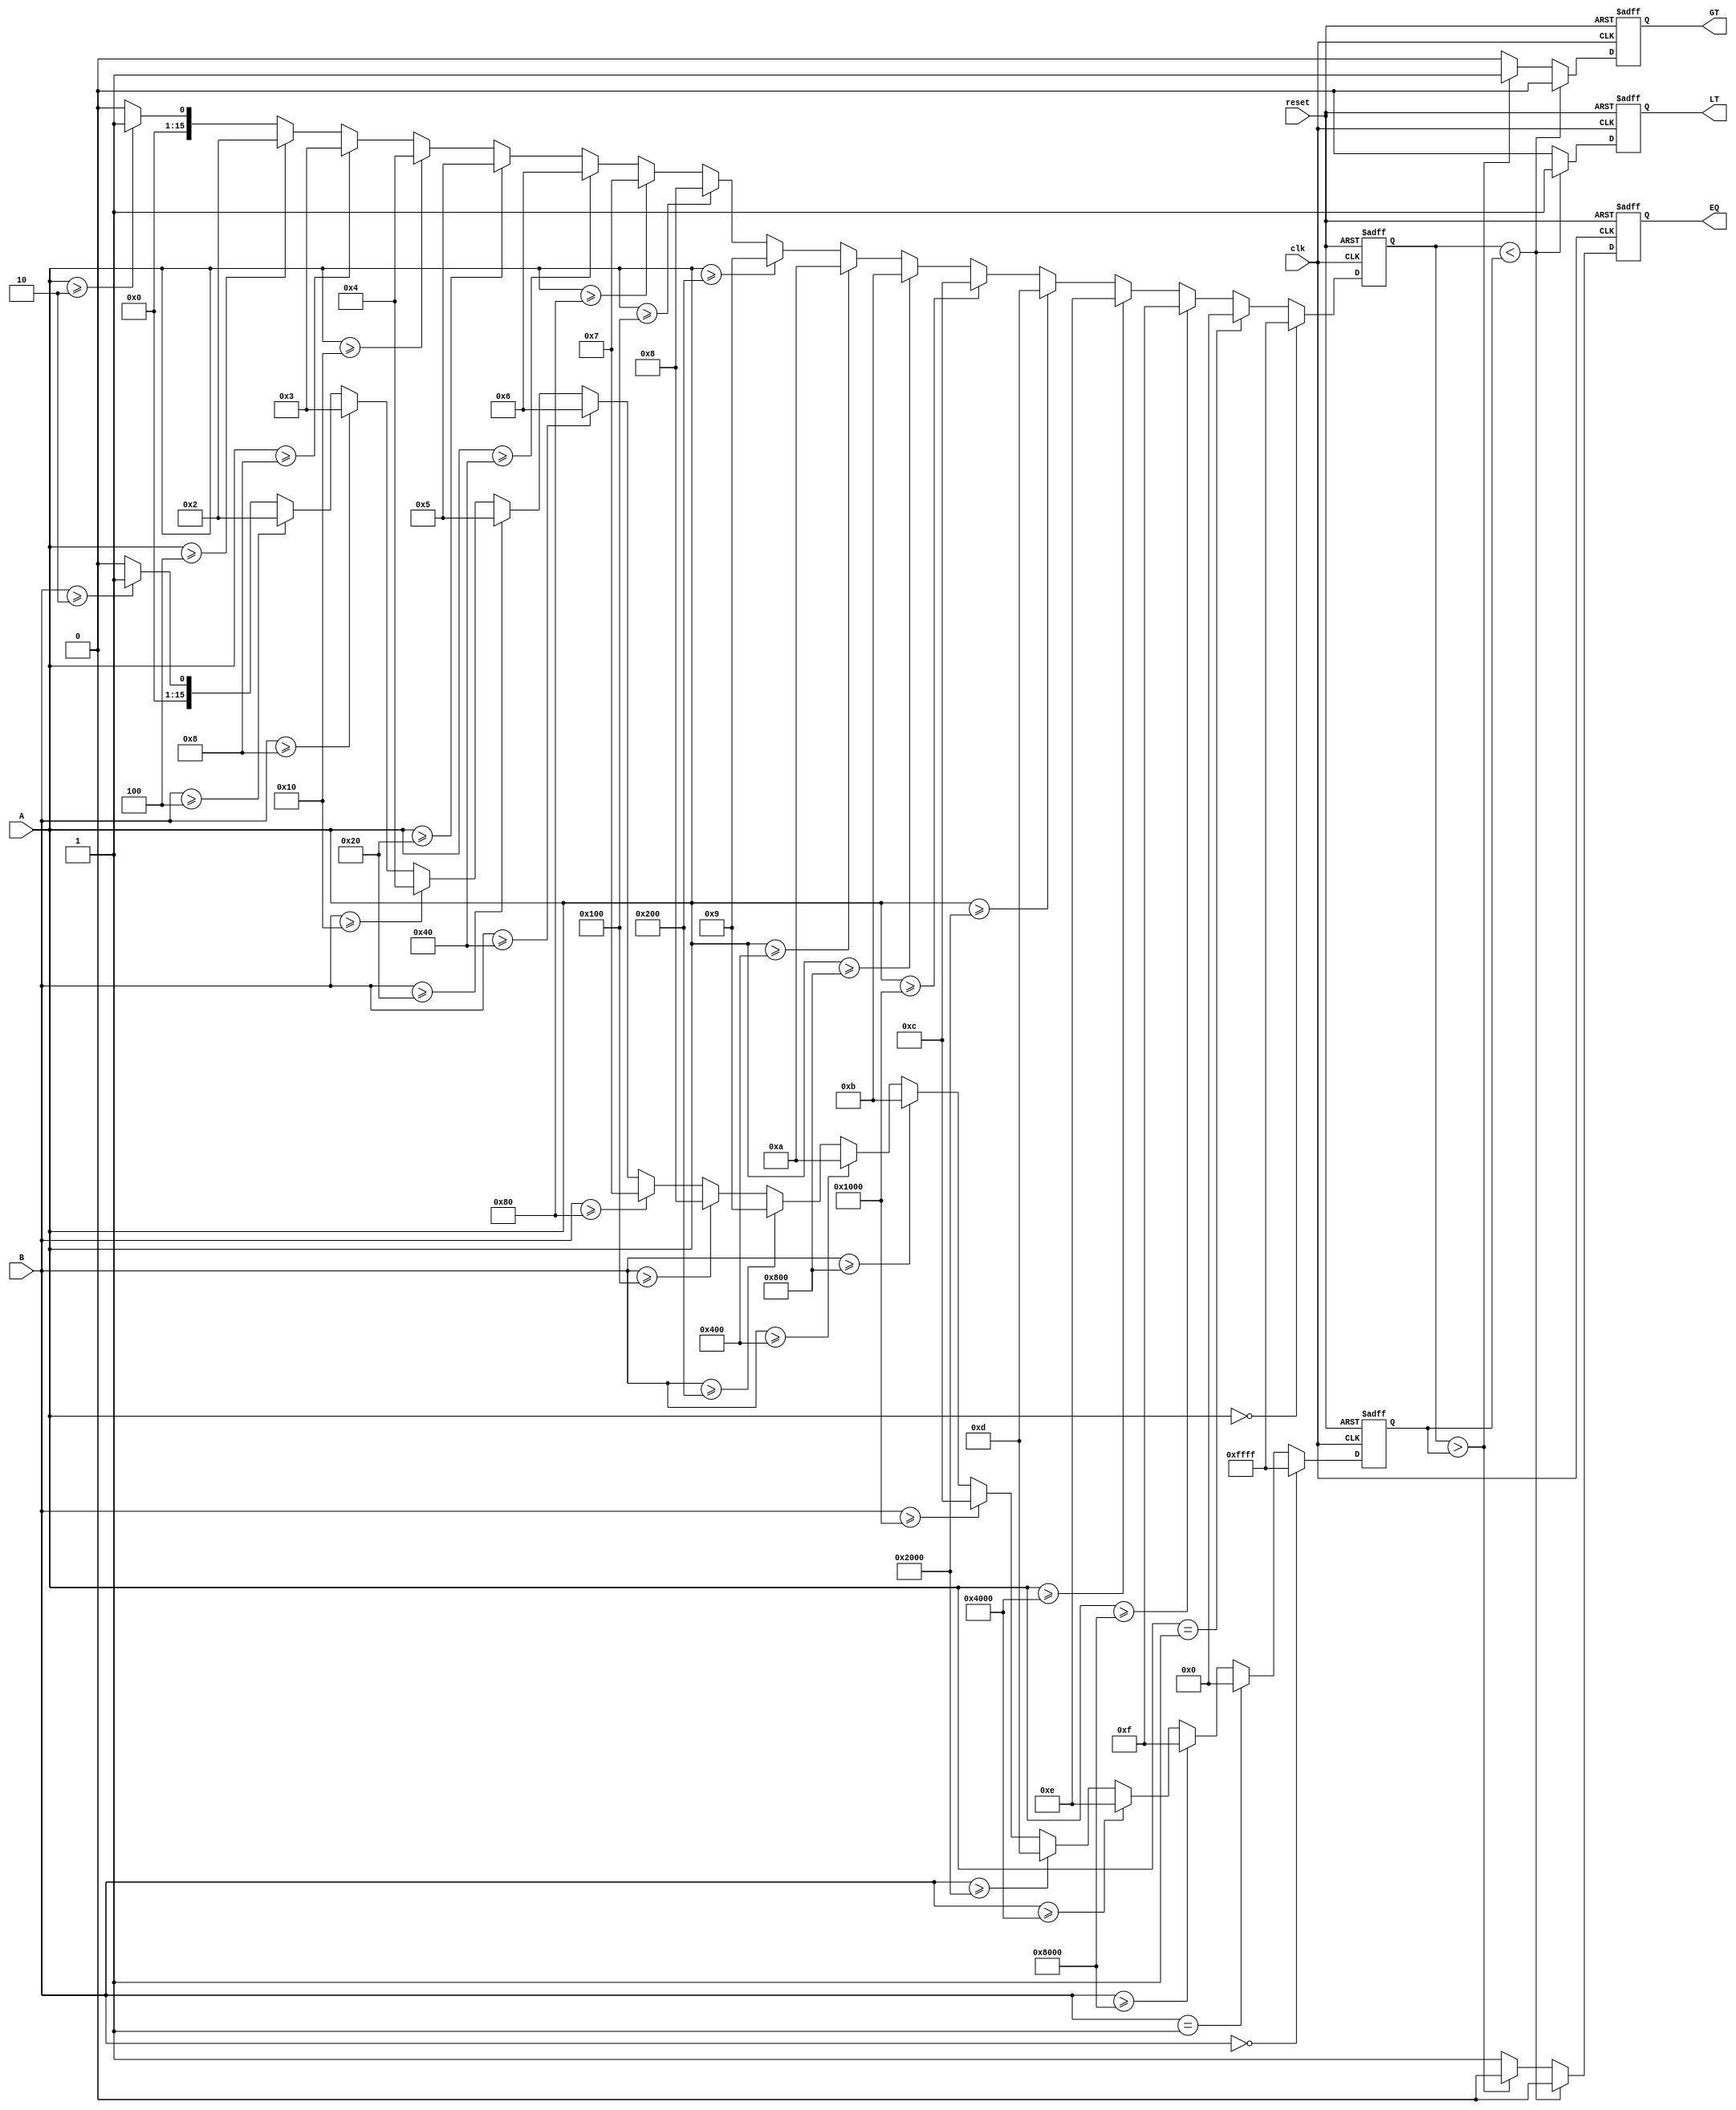
module LogarithmicComparator (
    input wire clk,
    input wire reset,
    input wire [15:0] A, // 16-bit input A
    input wire [15:0] B, // 16-bit input B
    output reg LT,       // Less Than
    output reg EQ,       // Equal
    output reg GT        // Greater Than
);

// Logarithm approximation function
function [15:0] log2;
    input [15:0] value;
    integer i;
    begin
        if (value == 0) begin
            log2 = 16'hFFFF; // Handle log(0) case; can be adjusted
        end else if (value == 1) begin
            log2 = 0; // log2(1) = 0
        end else begin
            log2 = 0;
            for (i = 0; i < 16; i = i + 1) begin
                if (value >= (1 << i)) begin
                    log2 = i;
                end
            end
        end
    end
endfunction

// Internal registers to hold logarithmic values
reg [15:0] logA;
reg [15:0] logB;

// Sequential logic to compute logarithms and compare
always @(posedge clk or posedge reset) begin
    if (reset) begin
        LT <= 0;
        EQ <= 0;
        GT <= 0;
        logA <= 0;
        logB <= 0;
    end else begin
        logA <= log2(A);
        logB <= log2(B);
        
        // Comparator logic
        if (logA < logB) begin
            LT <= 1;
            EQ <= 0;
            GT <= 0;
        end else if (logA > logB) begin
            LT <= 0;
            EQ <= 0;
            GT <= 1;
        end else begin
            LT <= 0;
            EQ <= 1;
            GT <= 0;
        end
    end
end

endmodule